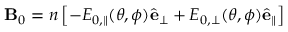
\mathbf { B } _ { 0 } = n \left[ - E _ { 0 , \parallel } ( \theta , \phi ) \hat { \mathbf { e } } _ { \perp } + E _ { 0 , \perp } ( \theta , \phi ) \hat { \mathbf { e } } _ { \parallel } \right]